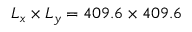
L _ { x } \times L _ { y } = 4 0 9 . 6 \times 4 0 9 . 6